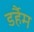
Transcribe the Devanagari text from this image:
डर्हैम